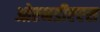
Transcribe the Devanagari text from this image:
ओएनडीएएस